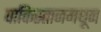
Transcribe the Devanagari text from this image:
पाकिस्तानमधून